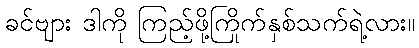
ခင်ဗျား ဒါကို ကြည့်ဖို့ကြိုက်နှစ်သက်ရဲ့လား။